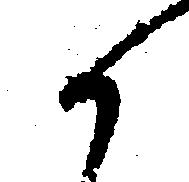
候